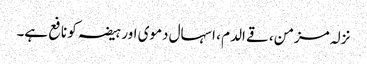
نزلہ مزمن، قے الدم ، اسہال دموی اور ہیضہ کو نافع ہے۔